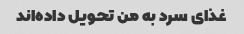
غذای سرد به من تحویل داده‌اند